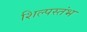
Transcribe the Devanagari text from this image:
शिल्पस्तंभ